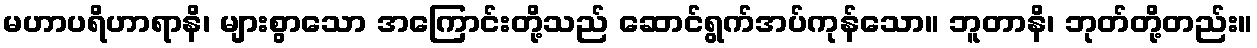
မဟာပရိဟာရာနိ၊ များစွာသော အကြောင်းတို့သည် ဆောင်ရွက်အပ်ကုန်သော။ ဘူတာနိ၊ ဘုတ်တို့တည်း။